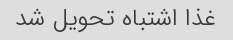
غذا اشتباه تحویل شد